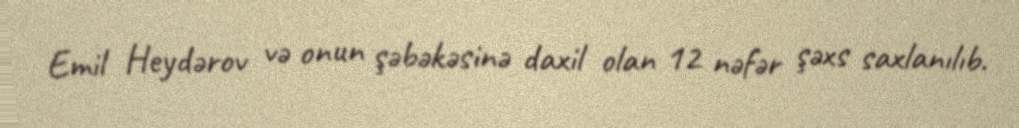
Emil Heydərov və onun şəbəkəsinə daxil olan 12 nəfər şəxs saxlanılıb.